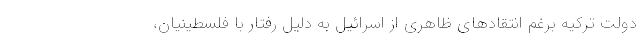
دولت ترکیه برغم انتقادهای ظاهری از اسرائیل به دلیل رفتار با فلسطینیان،